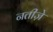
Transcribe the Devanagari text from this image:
नतीज़े